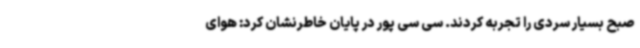
صبح بسیار سردی را تجربه کردند. سی سی پور در پایان خاطرنشان کرد: هوای